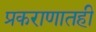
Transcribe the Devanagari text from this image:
प्रकराणातही